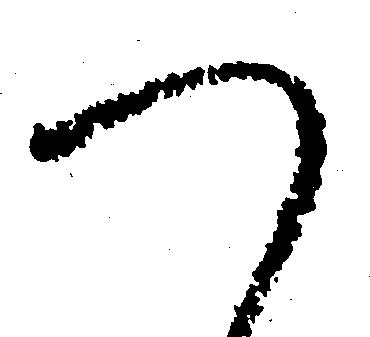
つ